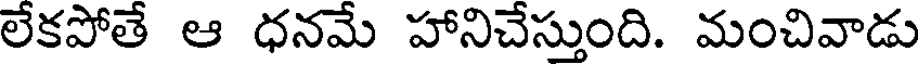
లేకపోతే ఆ ధనమే హానిచేస్తుంది. మంచివాడు